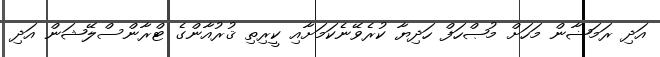
އަދި ރަމަޟާން މަހަށް މުޞްހަފް ހަދިޔާ ކުރެވޭނެކަމަށާއި ކީރިތި ޤުރުއާންގެ ޓްރާންސްލޭޝަން އަދި